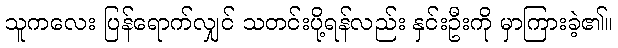
သူကလေး ပြန်ရောက်လျှင် သတင်းပို့ရန်လည်း နှင်းဦးကို မှာကြားခဲ့၏။